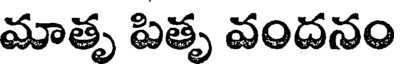
మాతృ పితృ వందనం